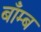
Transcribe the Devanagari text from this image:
बाँम्ब